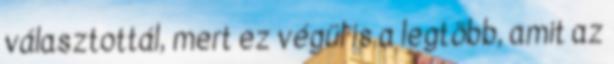
választottál, mert ez végül is a legtöbb, amit az